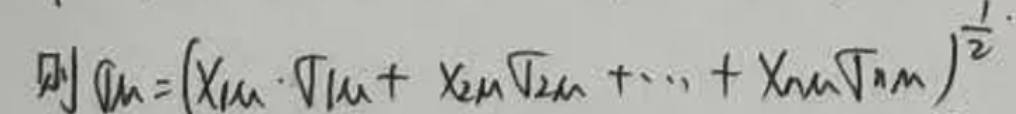
则$  Q_{M}=\left(X_{1M}\cdot \sqrt{Y_{1M}}+X_{2M}\sqrt{Y_{2M}}+\cdots +X_{nM}\sqrt{Y_{nM}}\right)^{\frac{1}{2}}$